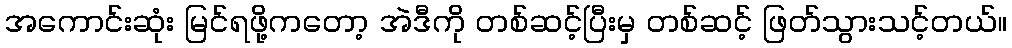
အကောင်းဆုံး မြင်ရဖို့ကတော့ အဲဒီကို တစ်ဆင့်ပြီးမှ တစ်ဆင့် ဖြတ်သွားသင့်တယ်။